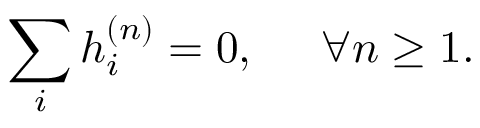
\sum _ { i } { h _ { i } ^ { \left( n \right) } } = 0 , \; \; \; \; \; \forall n \ge 1 .